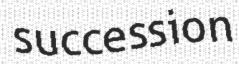
succession